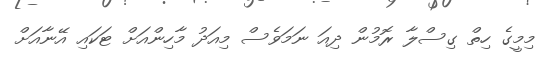
މިމީގެ ހިތް ގިސްލާ ރޮމުން ދިއަ ނަމަވެސް މިއަދު މާހިންއަށް ޓަކައި އޭނާއަށް